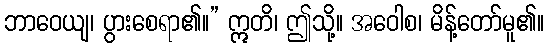
ဘာဝေယျ၊ ပွားစေရာ၏။” ဣတိ၊ ဤသို့။ အဝေါစ၊ မိန့်တော်မူ၏။